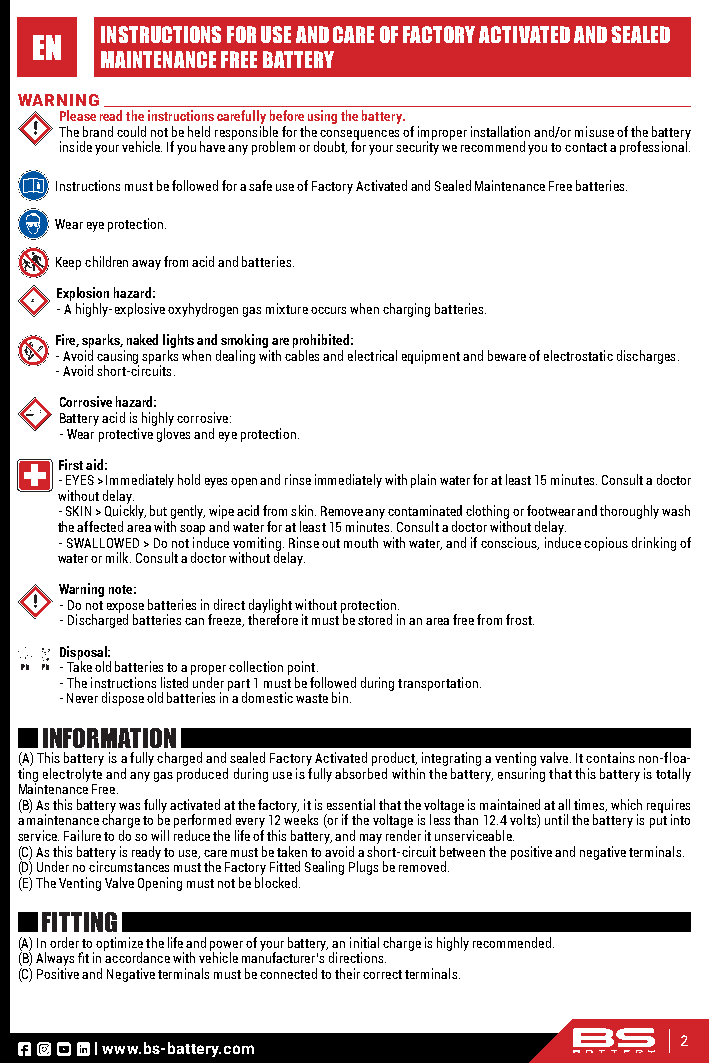
INSTRUCTIONS FOR USE AND CARE OF FACTORY ACTIVATED AND SEALED
 EN
 MAINTENANCE FREE BATTERY
 WARNING
 Please read the instructions carefully before using the battery.
 The brand could not be held responsible for the consequences of improper installation and/or misuse of the battery
 inside your vehicle. If you have any problem or doubt, for your security we recommend you to contact a professional.
 Instructions must be followed for a safe use of Factory Activated and Sealed Maintenance Free batteries.
 Wear eye protection.
 Keep children away from acid and batteries.
 Explosion hazard:
 - A highly-explosive oxyhydrogen gas mixture occurs when charging batteries.
 Fire, sparks, naked lights and smoking are prohibited:
 - Avoid causing sparks when dealing with cables and electrical equipment and beware of electrostatic discharges.
 - Avoid short-circuits.
 Corrosive hazard:
 Battery acid is highly corrosive:
 - Wear protective gloves and eye protection.
 First aid:
 - EYES > Immediately hold eyes open and rinse immediately with plain water for at least 15 minutes. Consult a doctor
 without delay.
 - SKIN > Quickly, but gently, wipe acid from skin. Remove any contaminated clothing or footwear and thoroughly wash
 the affected area with soap and water for at least 15 minutes. Consult a doctor without delay.
 - SWALLOWED > Do not induce vomiting. Rinse out mouth with water, and if conscious, induce copious drinking of
 water or milk. Consult a doctor without delay.
 Warning note:
 - Do not expose batteries in direct daylight without protection.
 - Discharged batteries can freeze, therefore it must be stored in an area free from frost.
 Disposal:
 - Take old batteries to a proper collection point.
 - The instructions listed under part 1 must be followed during transportation.
 - Never dispose old batteries in a domestic waste bin.
 INFORMATION
 (A) This battery is a fully charged and sealed Factory Activated product, integrating a venting valve. It contains non-floa-
 ting electrolyte and any gas produced during use is fully absorbed within the battery, ensuring that this battery is totally
 Maintenance Free.
 (B) As this battery was fully activated at the factory, it is essential that the voltage is maintained at all times, which requires
 a maintenance charge to be performed every 12 weeks (or if the voltage is less than 12.4 volts) until the battery is put into
 service. Failure to do so will reduce the life of this battery, and may render it unserviceable.
 (C) As this battery is ready to use, care must be taken to avoid a short-circuit between the positive and negative terminals.
 (D) Under no circumstances must the Factory Fitted Sealing Plugs be removed.
 (E) The Venting Valve Opening must not be blocked.
 FITTING
 (A) In order to optimize the life and power of your battery, an initial charge is highly recommended.
 (B) Always fit in accordance with vehicle manufacturer’s directions.
 (C) Positive and Negative terminals must be connected to their correct terminals.
 | www.bs-battery.com                   2